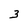
Character: 3